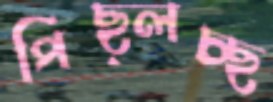
পিছ্‌লচ্ছ